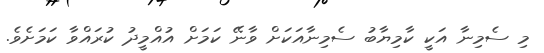
މި ސެމިނާ އަކީ ކާމިޔާބު ސެމިނާއަކަށް ވާނޭ ކަމަށް އުއްމީދު ކުރައްވާ ކަމަށެވެ.